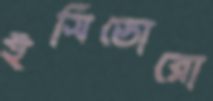
ইসিডোরো